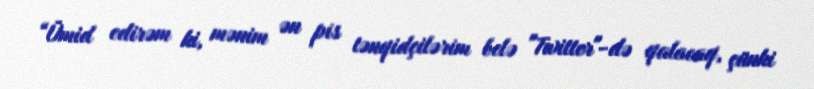
“Ümid edirəm ki, mənim ən pis tənqidçilərim belə "Twitter"-də qalacaq, çünki